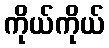
ကိုယ်ကိုယ်